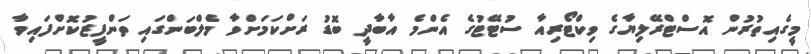
މީގެއިތުރުން އޮސްޓްރޭލިޔާގެ ވިކްޓޯރިއާ ސުޓޭޓުގެ އެންމެ އާބާދީ ބޮޑު ރަށްކަމަށްވާ މެލްބަންގައި ތަންފީޒުކޮށްފައިވާ